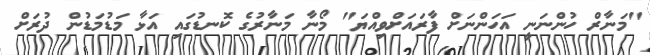
"މަނާރް ހުންނަނީ އަހަންނަށް ފާރައަށްވިއްޔަ" މޯނާ މަނާރުގެ ކޮނޑުގައި އަޅާ މަޑުމަޑުން ދުރަށް